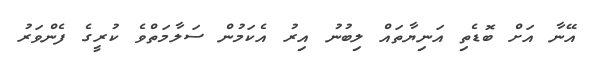
އޭނާ އަށް ބޮޑެތި އަނިޔާތައް ލިބުނު އިރު އެކަމުން ސަލާމަތްވެ ކުރީގެ ފެންވަރު